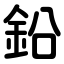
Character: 鉛